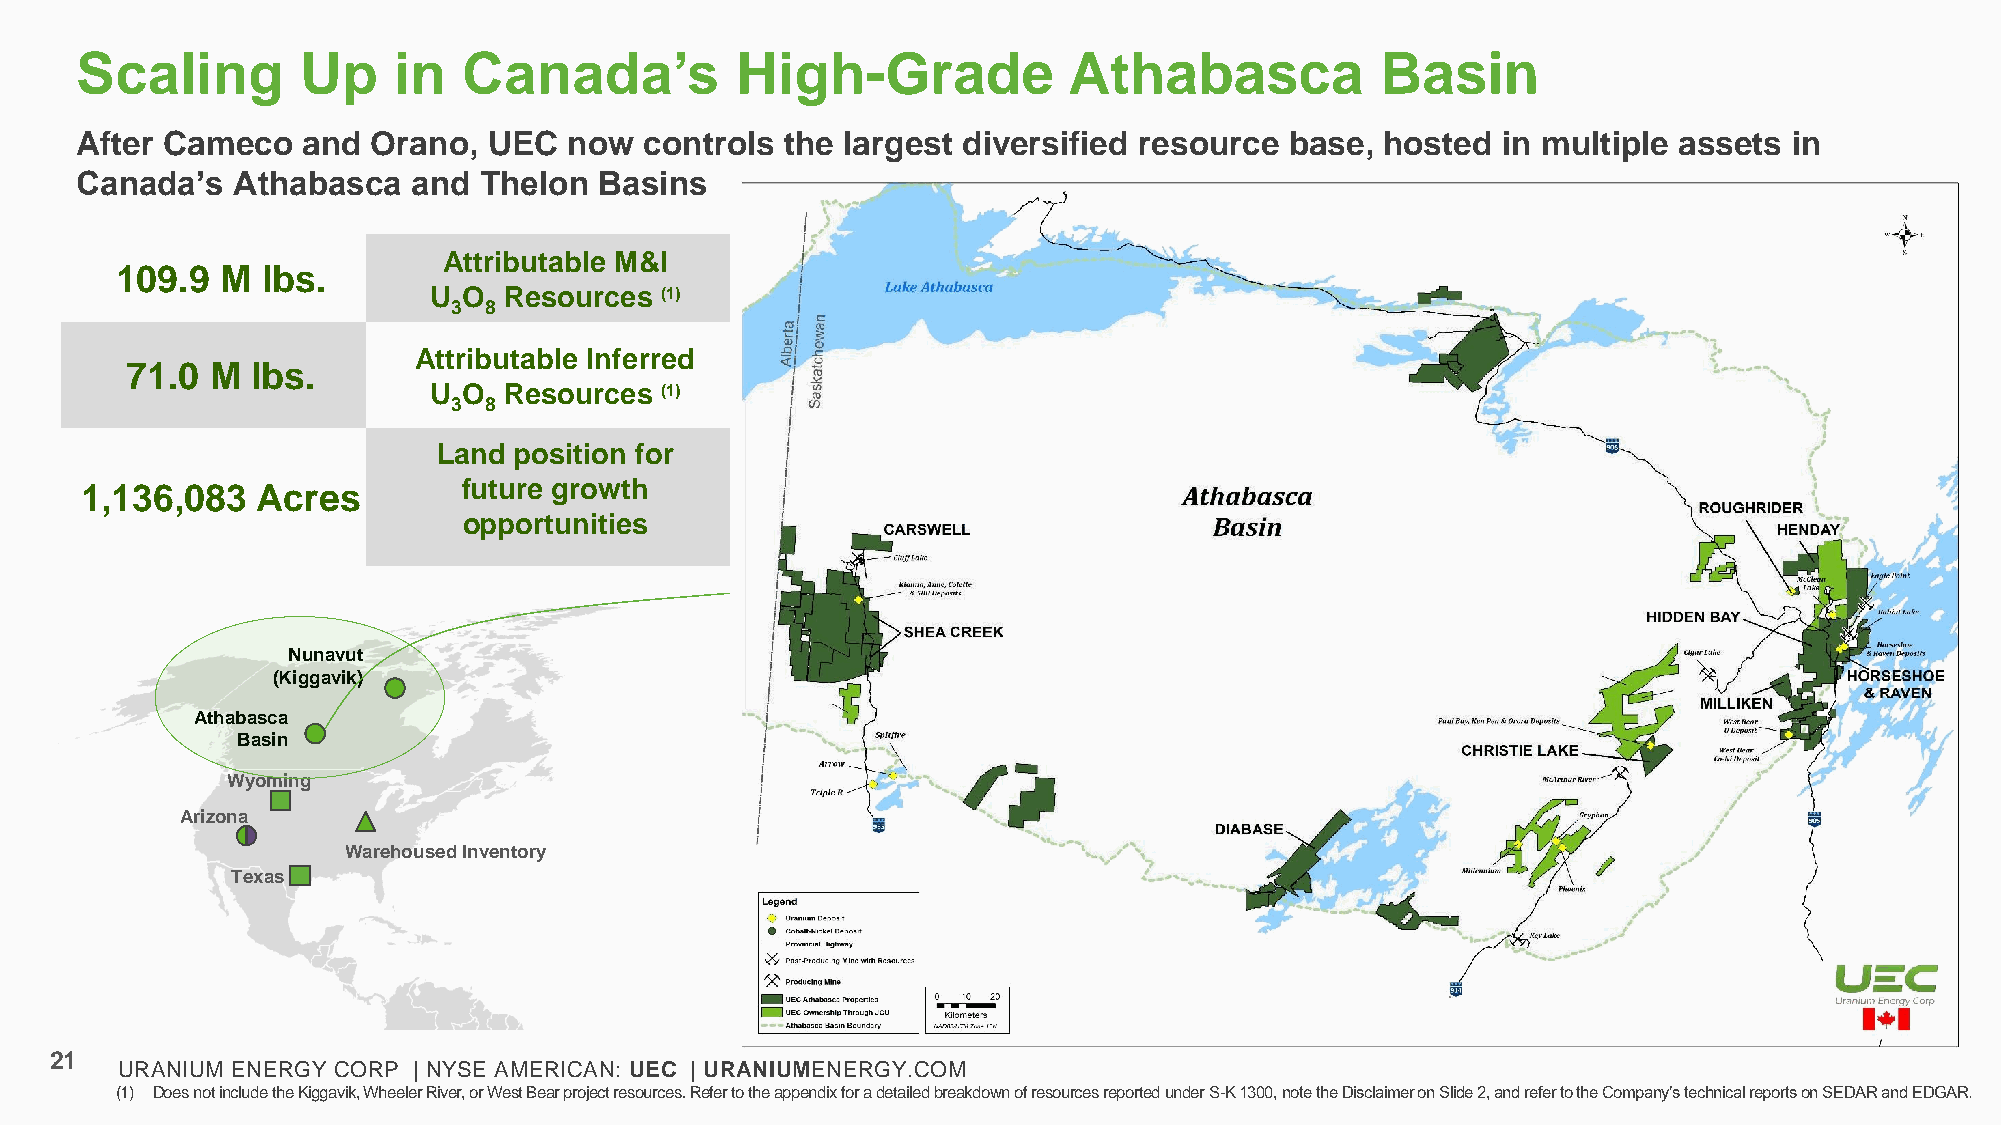
Scaling        Up    in   Canada’s          High-Grade            Athabasca           Basin
 After Cameco   and  Orano, UEC   now  controls the largest diversified resource base,  hosted in multiple assets  in
 Canada’s  Athabasca   and  Thelon  Basins
 Attributable M&I
 109.9  M lbs.
 U  O Resources  (1)
 3 8
 Attributable Inferred
 71.0  M  lbs.
 U  O Resources  (1)
 3 8
 Land position for
 1,136,083   Acres         future growth
 opportunities
 Nunavut
 (Kiggavik)
 Athabasca
 Basin
 Wyoming
 Arizona
 Warehoused Inventory
 Texas
 21
 URANIUM ENERGY CORP | NYSE AMERICAN: UEC | URANIUMENERGY.COM
 (1) Does not include the Kiggavik, WheelerRiver, or West Bear project resources.Refer to the appendix for a detailed breakdown of resources reported under S-K 1300, note the Disclaimer on Slide 2, and refer to the Company’s technical reports on SEDAR and EDGAR.